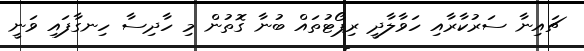
ޗައިނާ ސަރުކާރާއި ހަވާލާދީ ރިޕޯޓުތައް ބުނާ ގޮތުން މި ހާދިސާ ހިނގާފައި ވަނީ